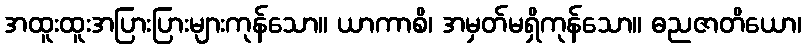
အထူးထူးအပြားပြားများကုန်သော။ ယာကာစိ၊ အမှတ်မရှိကုန်သော။ ဓညဇာတိယော၊